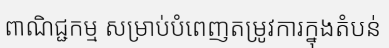
ពាណិជ្ជកម្ម សម្រាប់បំពេញតម្រូវការក្នុងតំបន់